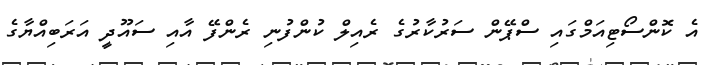
އެ ކޮންސޯޓިއަމްގައި ސްޕޭން ސަރުކާރުގެ ރެއިލް ކުންފުނި ރެންފޭ އާއި ސައޫދީ އަރަބިއްޔާގެ